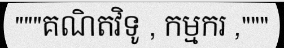
"""គណិតវិទូ , កម្មករ ,"""